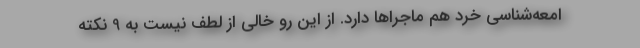
امعه‌شناسی خُرد هم ماجراها دارد. از این رو خالی از لطف نیست به 9 نکته